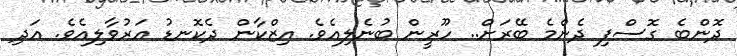
ދޮންބެ ގޮސްފި ދެންމެ ބޭރަށް.. ހޫރީން ބުނެލިއެވެ. އިޒްކާން ދެކޮނޑު އަރުވާލިއެވެ. އަދި